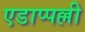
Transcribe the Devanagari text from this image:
एडाप्पल्ली